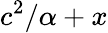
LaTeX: c^{2}/\alpha+x